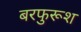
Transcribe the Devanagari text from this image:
बरफुरूश